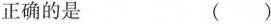
正确的是 ( )